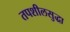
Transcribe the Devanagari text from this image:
तपशीलसुद्धा